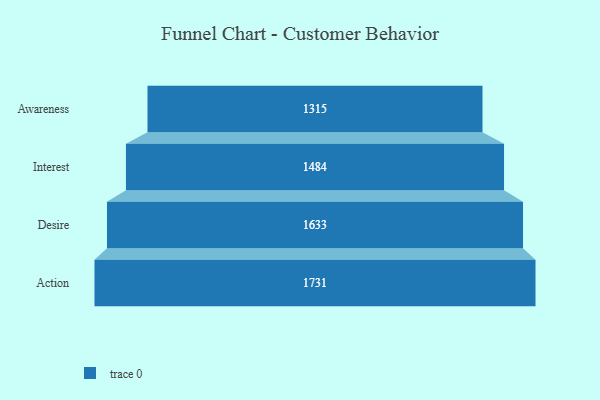
{"axis": {"x": "Stage", "y": "Value"}, "legend": [""], "data": [{"x": "Awareness", "y": 1315.0, "type": ""}, {"x": "Interest", "y": 1484.0, "type": ""}, {"x": "Desire", "y": 1633.0, "type": ""}, {"x": "Action", "y": 1731.0, "type": ""}]}